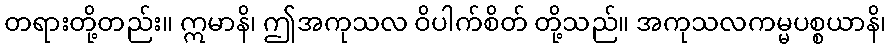
တရားတို့တည်း။ ဣမာနိ၊ ဤအကုသလ ဝိပါက်စိတ် တို့သည်။ အကုသလကမ္မပစ္စယာနိ၊